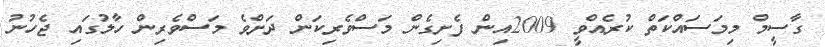
ގާސީމް މިމަސައްކަތް ކުރެއްވީ 2009އިން ފެށިގެން މަސްވެރިކަން ދަށްވެ މަސްވެރިން ހާލުގައި ޖެހުނު